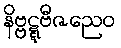
နိဗ္ဗဋ္ဋဗီဇညေဝ